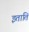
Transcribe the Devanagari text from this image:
इताति